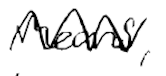
Text: means,
Cross-out: zig-zag
Writing tool: digital_black